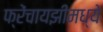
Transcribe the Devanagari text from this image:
फ्रेंचायझीमध्ये